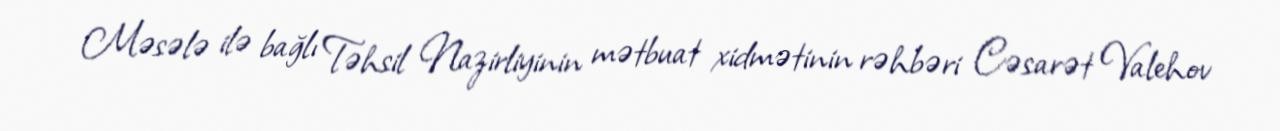
Məsələ ilə bağlı Təhsil Nazirliyinin mətbuat xidmətinin rəhbəri Cəsarət Valehov